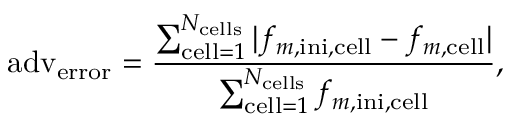
\mathrm { a d v } _ { \mathrm { e r r o r } } = \frac { \sum _ { \mathrm { c e l l } = 1 } ^ { N _ { \mathrm { c e l l s } } } | f _ { m , \mathrm { i n i } , \mathrm { c e l l } } - f _ { m , \mathrm { c e l l } } | } { \sum _ { \mathrm { c e l l } = 1 } ^ { N _ { \mathrm { c e l l s } } } f _ { m , \mathrm { i n i } , \mathrm { c e l l } } } \mathrm { , }